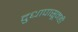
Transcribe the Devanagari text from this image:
दुधापासूनही